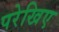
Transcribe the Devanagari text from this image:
परेखिए